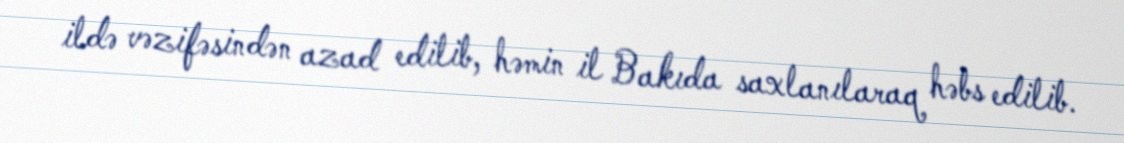
ildə vəzifəsindən azad edilib, həmin il Bakıda saxlanılaraq həbs edilib.